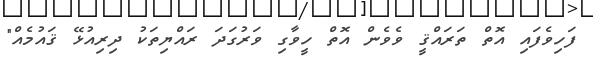
ފަހިވެފައި އޮތް ތަރައްޤީ ވެވެން އޮތް ހީވާގި ވަރުގަދަ ރައްޔިތަކު ދިރިއުޅޭ ޤައުމެއް"